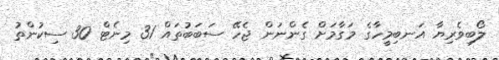
ލޯބިވެރިޔާ އަނބިމީހާގެ މަގާމަށް ގެންނަން ޖެހޭ ސަބަބުތައް 31 މިނެޓް 30 ސިކުންތު